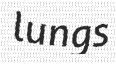
lungs